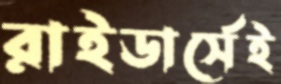
রাইডার্সেই